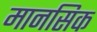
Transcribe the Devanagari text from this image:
मानसिक